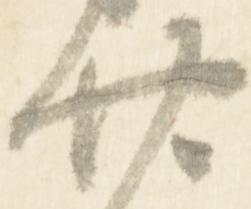
廿